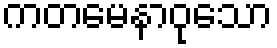
ကတမေနာဝုသော